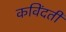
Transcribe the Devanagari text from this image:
कविंदती